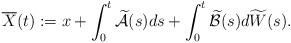
LaTeX: \begin{align*} \overline{X}(t):= x +\int_0^t \widetilde{\mathcal{A}}(s)ds +\int_0^t \widetilde{\mathcal{B}}(s)d\widetilde{W}(s) .\end{align*}